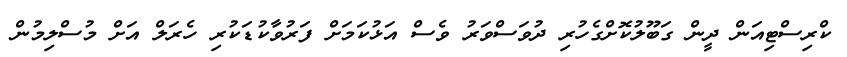
ކްރިސްޓިއަން ދީން ގަބޫލުކޮށްގެހުރި ދުވަސްވަރު ވެސް އަޅުކަމަށް ފަރުވާކުޑަކުރި ހެރަލް އަށް މުސްލިމުން